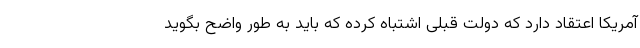
آمریکا اعتقاد دارد که دولت قبلی اشتباه کرده که باید به طور واضح بگوید